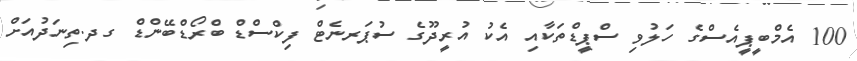
100 އެމްބީޕީއެސްގެ ހަލުވި ސްޕީޑްތަކާއި އެކު އުރީދޫގެ ސުޕަރނެޓް ފިކްސްޑް ބްރޯޑްބޭންޑް ގދ.ތިނަދުއަށް